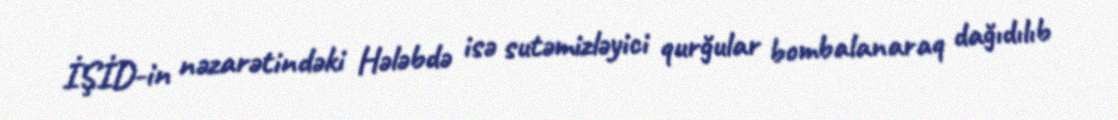
İŞİD-in nəzarətindəki Hələbdə isə sutəmizləyici qurğular bombalanaraq dağıdılıb